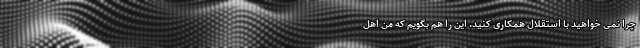
چرا نمی خواهید با استقلال همکاری کنید. این را هم بگویم که من اهل